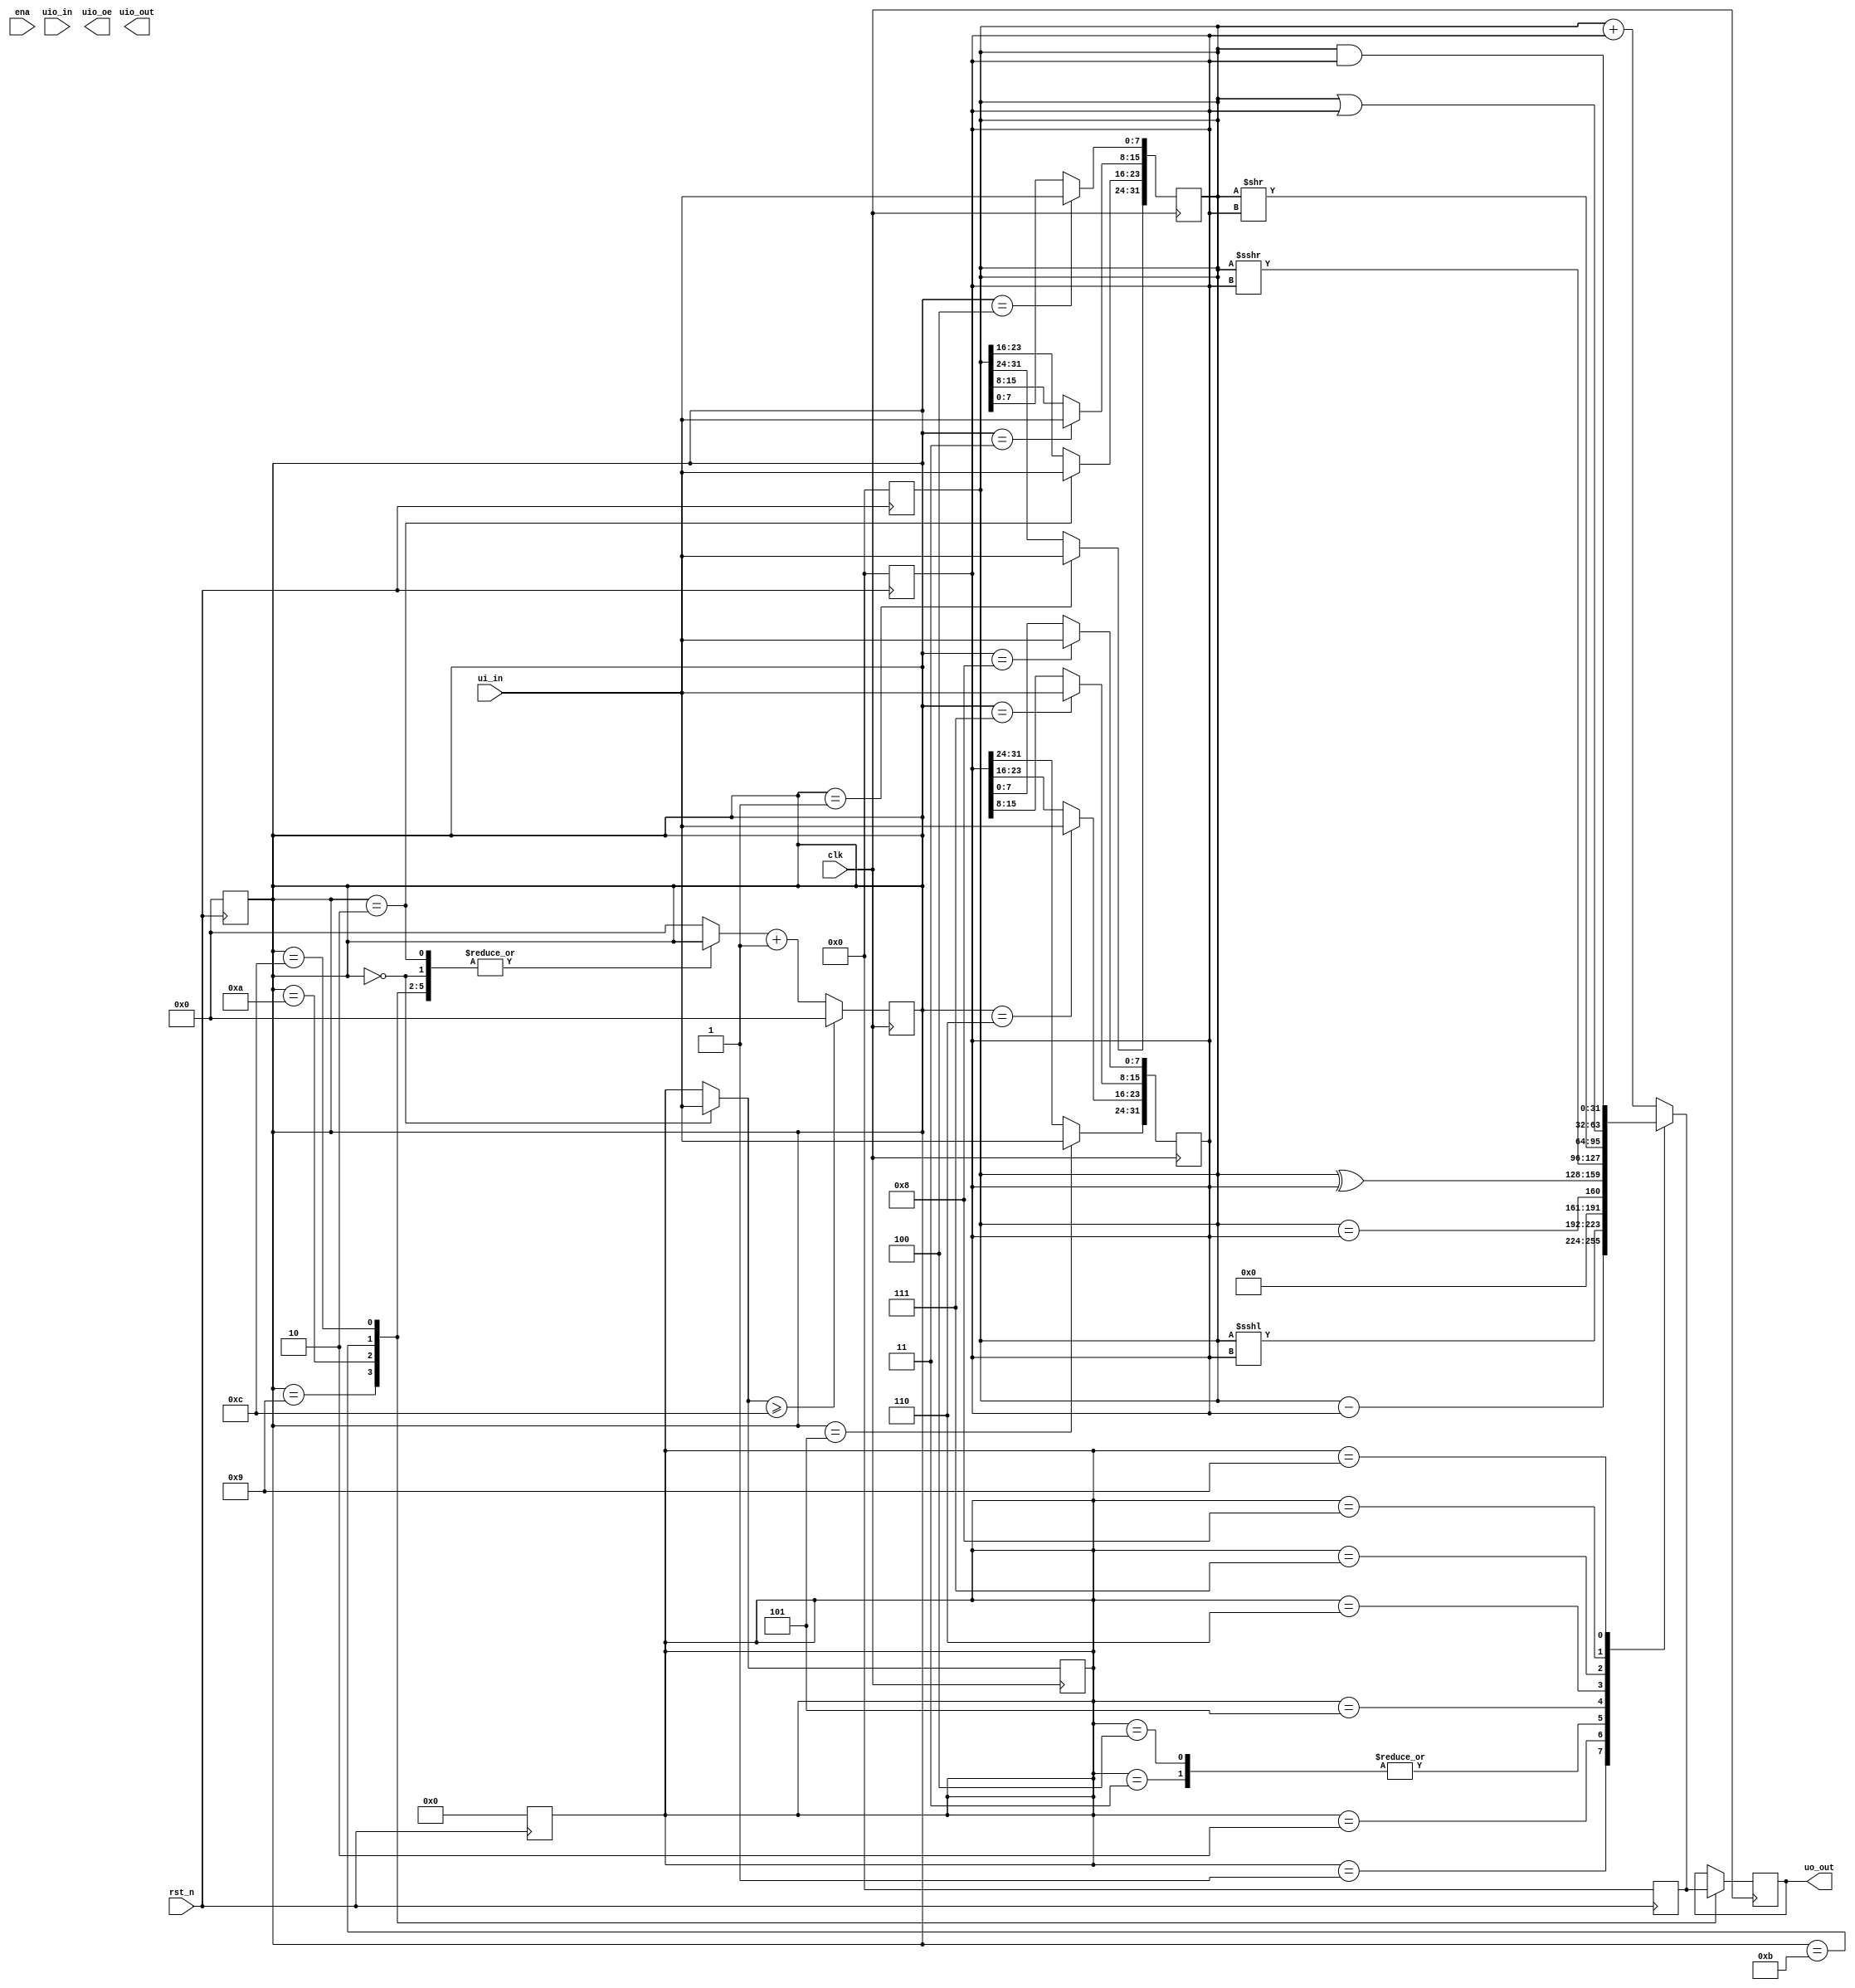
`timescale 1ns/1ps;

module tt_um_yannickreiss_alu (input wire [7:0] ui_in,    // Dedicated inputs
                                     output wire [7:0] uo_out,  // Dedicated outputs
                                     input wire [7:0] uio_in,   // IOs: Input path
                                     output wire [7:0] uio_out, // IOs: Output path
                                     output wire [7:0] uio_oe,  // IOs: Enable path (active high: 0 = input, 1 = output
                                     input wire ena,
                                     input wire clk,
                                     input wire rst_n);

        // sequence control
        reg [3:0] crtl;

        // ALU inputs
        reg [7:0] alu_op;
        reg [31:0] input1;
        reg [31:0] input2;

        // ALU output
        reg [31:0] result;
        reg [7:0] rout;

        assign uo_out = rout;

        always @(*) begin
                case (alu_op)
                        8'b00000000 : result = input1 + input2;
                        8'b00000001 : result = input1 - input2;
                        8'b00000010 : result = input1 <<< input2;
                        8'b00000011 : result = (input1 == input2); // TODO:
                        8'b00000100 : result = (input1 == input2); // TODO: Change to signed/unsigned
                        8'b00000101 : result = input1 ^ input2;
                        8'b00000110 : result = input1 >>> input2;
                        8'b00000111 : result = input1 >> input2; // TODO: Check if ror = sra
                        8'b00001000 : result = input1 | input2;
                        8'b00001001 : result = input1 & input2;
                        default: 
                                result = input1 + input2;
                endcase
        end

        always @(negedge rst_n) begin
                alu_op = 8'b0;
                input1 = 32'b0;
                input2 = 32'b0;
                result = 32'b0;
                crtl = 4'b0;
        end

        always @(posedge clk) begin
                case (crtl)
                        4'b0000: alu_op = ui_in;
                        4'b0001: input1 [31:24] = ui_in;
                        4'b0010: input1 [23:16] = ui_in;
                        4'b0011: input1 [15:8] = ui_in;
                        4'b0100: input1 [7:0] = ui_in;
                        4'b0101: input2 [31:24] = ui_in;
                        4'b0110: input2 [23:16] = ui_in;
                        4'b0111: input2 [15:8] = ui_in;
                        4'b1000: input2 [7:0] = ui_in;
                        4'b1001: rout = result[31:24];
                        4'b1010: rout = result[23:16];
                        4'b1011: rout = result[15:8];
                        4'b1100: rout = result[7:0];
                        default: crtl = 4'b0000;
                endcase
                
                if (alu_op >= 4'b1100) begin
                        crtl = 4'b0000;
                end else crtl = crtl + 1;
        end

// One Froggy a day keeps the sadness away!
endmodule